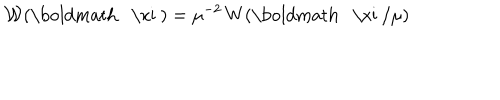
LaTeX: { \mathcal W } ( \mathrm { \boldmath ~ \ x i ~ } ) = \mu ^ { - 2 } \, W ( \mathrm { \boldmath ~ \ x i ~ } / \mu ) \;